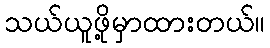
သယ်ယူဖို့မှာထားတယ်။